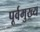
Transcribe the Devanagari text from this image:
पूर्वमुख्य